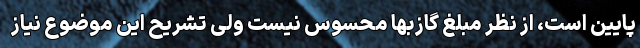
پایین است، از نظر مبلغ گازبها محسوس نیست ولی تشریح این موضوع نیاز